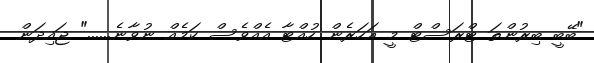
"ބޭބީ ބިރުންތަ ޓްރަސްޓް މީ އަހަރެން ހުއްޓާ އެއްވެސް ކަމެއް ނުވާނެ......" ޖައިދަން